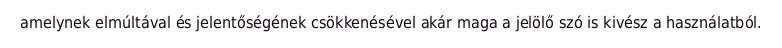
amelynek elmúltával és jelentőségének csökkenésével akár maga a jelölő szó is kivész a használatból.